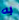
به